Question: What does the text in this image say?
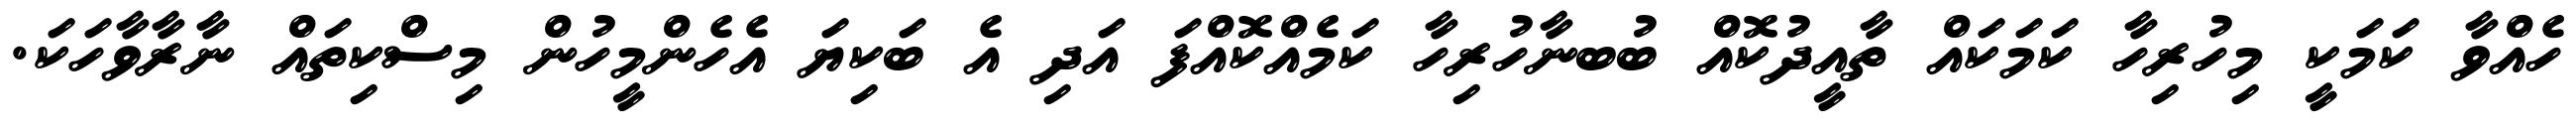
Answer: ހެއްވާ ކަމަކީ މިހުރިހާ ކަމަކައް ތާއީދުކޮއް ބުބނާހުރިހާ ކަމެއްކޮއްފަ އަދި އެ ބަކިޔަ އެހެންމީހުން މިސްކިތައް ނާރާވާހަކަ.